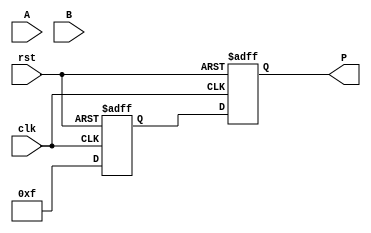
module pipelined_wallace_tree_multiplier #(
    parameter WIDTH = 8  // Width of the input numbers
) (
    input clk,
    input rst,
    input [WIDTH-1:0] A,
    input [WIDTH-1:0] B,
    output reg [(2*WIDTH)-1:0] P
);

    // Internal signals for partial products
    reg [WIDTH-1:0] pp [0:WIDTH-1]; // Partial products
    reg [2*WIDTH-1:0] pp_stage1 [0:WIDTH-1]; // Stage 1 results
    reg [2*WIDTH-1:0] pp_stage2 [0:WIDTH-1]; // Stage 2 results
    reg [2*WIDTH-1:0] final_result; // Final multiplication result

    // Generate partial products
    integer i;
    always @(*) begin
        for (i = 0; i < WIDTH; i = i + 1) begin
            pp[i] = A & {WIDTH{B[i]}}; // ANDing each bit of B with A
        end
    end

    // Wallace Tree Reduction (Stage 1)
    always @(*) begin
        // Initialize partial product stage 1
        for (i = 0; i < WIDTH; i = i + 1) begin
            pp_stage1[i] = {pp[i], i}; // Store partial products with bit index for reduction
        end
    end

    // Wallace Tree Reduction (Stage 2)
    always @(*) begin
        // Example reduction logic (simplified for clarity)
        for (i = 0; i < WIDTH/3; i = i + 1) begin
            // Assume a simplistic reduction of three inputs into two (actual tree reduction would be more complex)
            pp_stage2[i] = pp_stage1[3*i] + pp_stage1[3*i + 1] + pp_stage1[3*i + 2];
        end
        // Handle remaining products (if WIDTH is not a multiple of 3)
        for (i = WIDTH/3; i < WIDTH; i = i + 1) begin
            pp_stage2[i] = pp_stage1[i]; // Pass through remaining products
        end
    end

    // Final Addition Stage
    always @(posedge clk or posedge rst) begin
        if (rst) begin
            P <= 0;
            final_result <= 0;
        end else begin
            // Final reduction of the last two rows (simplified)
            final_result <= pp_stage2[0] + pp_stage2[1]; // Add the last two rows
            P <= final_result; // Store final product
        end
    end

endmodule